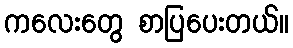
ကလေးတွေ စာပြပေးတယ်။